画像に写った文字を読んでください
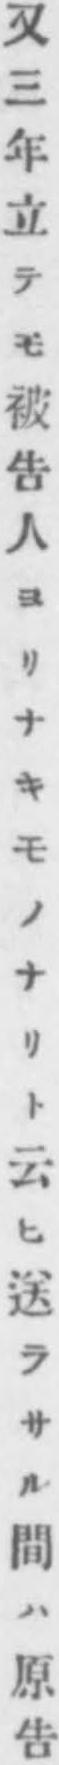
「又三年立テモ被告人ヨリナキモノナリト云ヒ送ラサル間ハ原告」と書いてあります